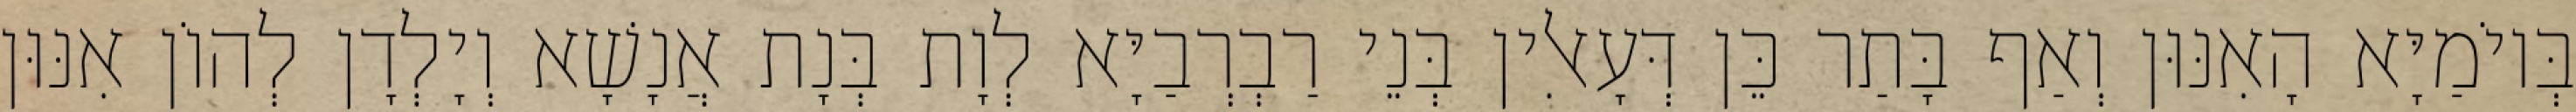
בְּיוֹמַיָּא הָאִנּוּן וְאַף בָּתַר כֵּן דְּעָאלִין בְּנֵי רַבְרְבַיָּא לְוָת בְּנָת אֲנָשָׁא וְיָלְדָן לְהוֹן אִנּוּן